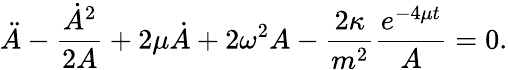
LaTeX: \ddot{A}-\frac{\dot{A}^{2}}{2A}+2\mu\dot{A}+2\omega^{2}A-\frac{2\kappa}{m^{2}}\frac{e^{-4\mu t}}{A}=0.